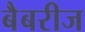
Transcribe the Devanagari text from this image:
बैबरीज